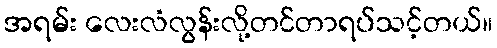
အရမ်း လေးလံလွန်းလို့တင်တာရပ်သင့်တယ်။